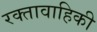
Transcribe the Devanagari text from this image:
रक्तावाहिकी